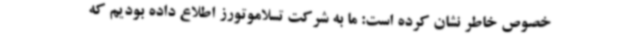
خصوص خاطر نشان کرده است: ما به شرکت تسلاموتورز اطلاع داده بودیم که